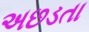
અછડતા